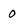
Character: 0